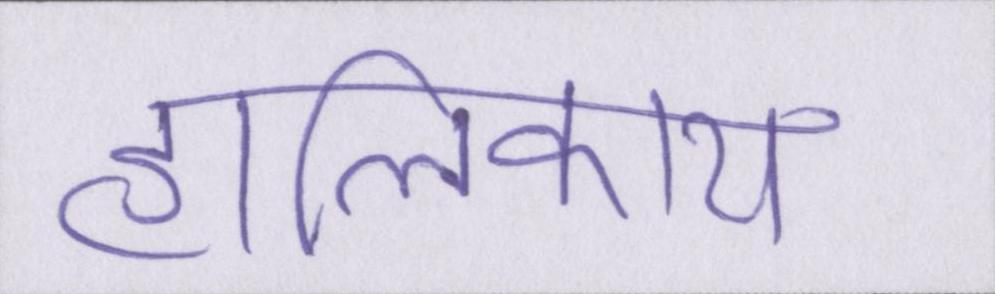
हालिकाय